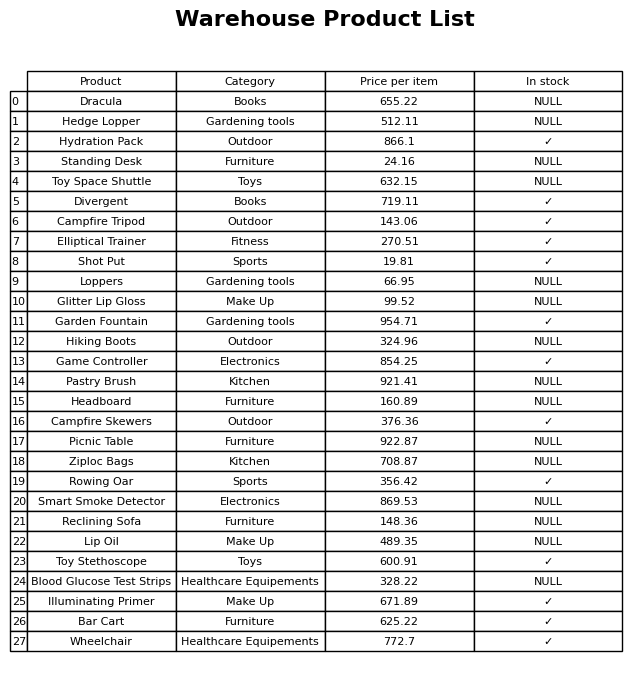
question: What is the price for Elliptical Trainer?
answer: The price of Elliptical Trainer is 270.51.